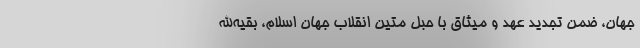
جهان، ضمن تجدید عهد و میثاق با حبل متین انقلاب جهان اسلام، بقیه‌الله